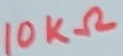
Text: 10KΩ